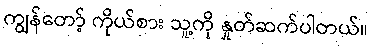
ကျွန်တော့် ကိုယ်စား သူ့ကို နှုတ်ဆက်ပါတယ်။